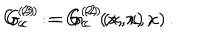
LaTeX: G _ { c } ^ { ( 2 ) } : = G _ { c } ^ { ( 2 ) } ( x , x ) \, , \hspace { 1 c m } G _ { c } ^ { ( 3 ) } : = G _ { c } ^ { ( 2 ) } ( x , x , x ) \, .